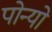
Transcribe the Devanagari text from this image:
पोन्यो